Annual returns of the Patna Lunatic Asylum at Bankipore in Bihar and Orissa - 1912-1924
Year: 1912
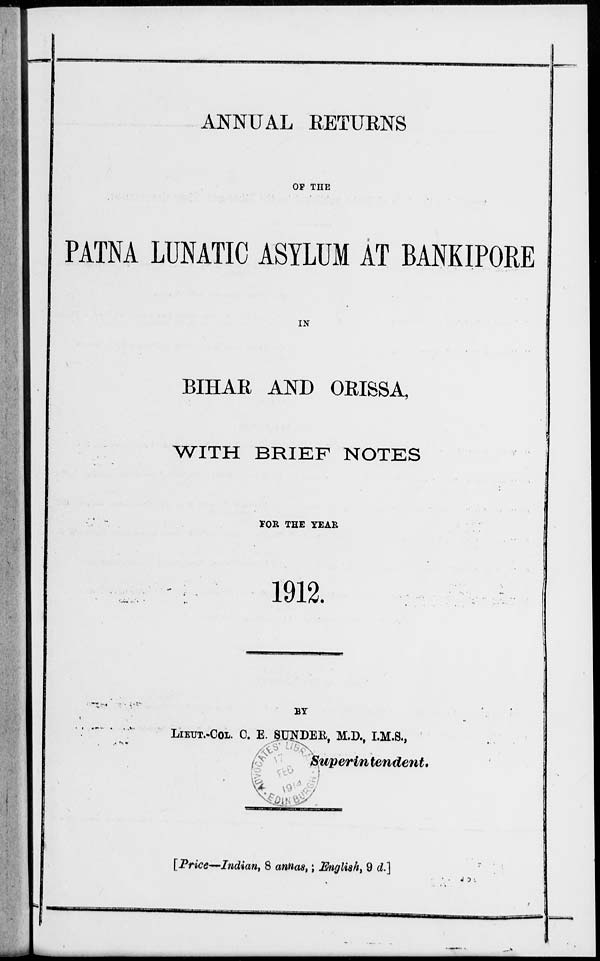
ANNUAL RETURNS
OF THE
PATNA LUNATIC ASYLUM AT BANKIPORE
IN
BIHAR AND ORISSA,
WITH BRIEF NOTES
FOR THE YEAR
1912.
BY
LIEUT.-COL. C. E. SUNDER, M.D., I.M.S.,
Superintendent.
[Price—Indian, 8 annas, ; English, 9 d.]